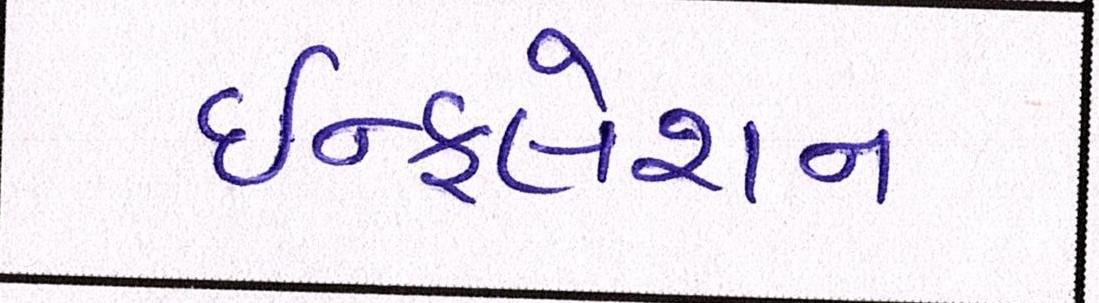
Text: ઇન્ફલેશન